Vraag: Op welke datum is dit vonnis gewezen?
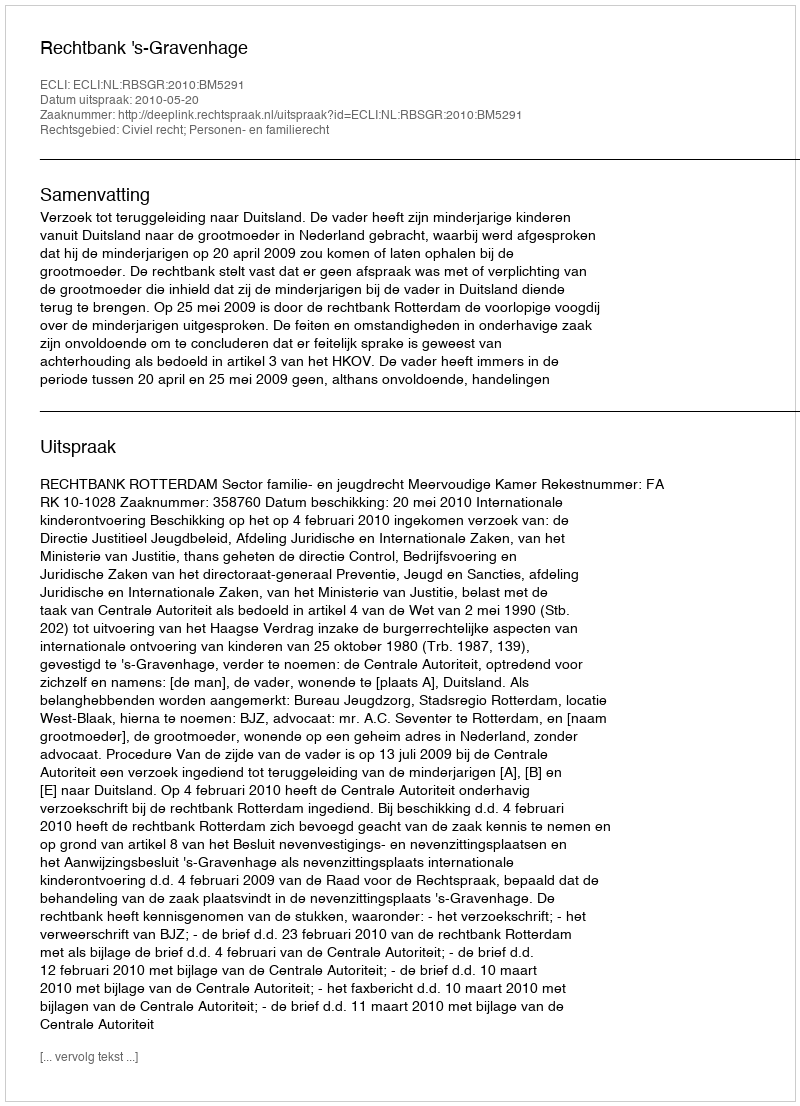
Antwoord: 2010-05-20